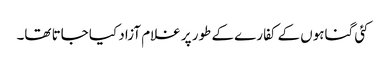
کئی گناہوں کے کفارے کے طور پر غلام آزاد کیا جاتا تھا۔